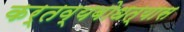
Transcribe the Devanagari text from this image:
कर्तव्यबोधत्यास